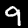
Label: 9